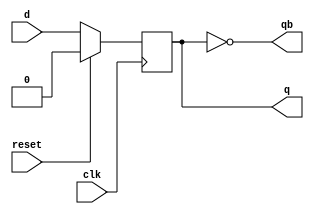
module d_ff(clk,
           reset,
           d,
           q,
           qb);

// Step1 : Declare Port Directions

  input clk,reset,d;	
  output reg q;
  output qb;

// Step2 : Write the behavioral logic for D flip-flop functionality.

  always@(posedge clk)
  begin
    if(reset)
      q=0;
    else
      q=d;
  end

//Step3. Assign complement of q to qb.

  assign qb=~q;       

endmodule